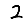
Digit: 2